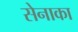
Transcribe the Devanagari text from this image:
सेनाका